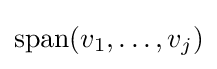
\operatorname {span} (v_{1},\dotsc ,v_{j})